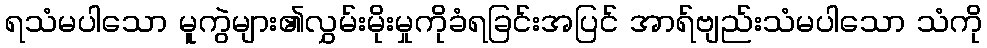
ရသံမပါသော မူကွဲများ၏လွှမ်းမိုးမှုကိုခံရခြင်းအပြင် အာရ်ဗျည်းသံမပါသော သံကို